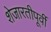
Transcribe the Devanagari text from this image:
शेजारतीपूर्वी